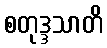
စတုဒ္ဒသာတိ